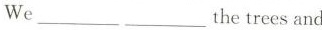
We___the trees and